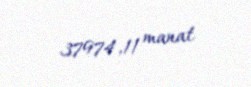
37974,11 manat